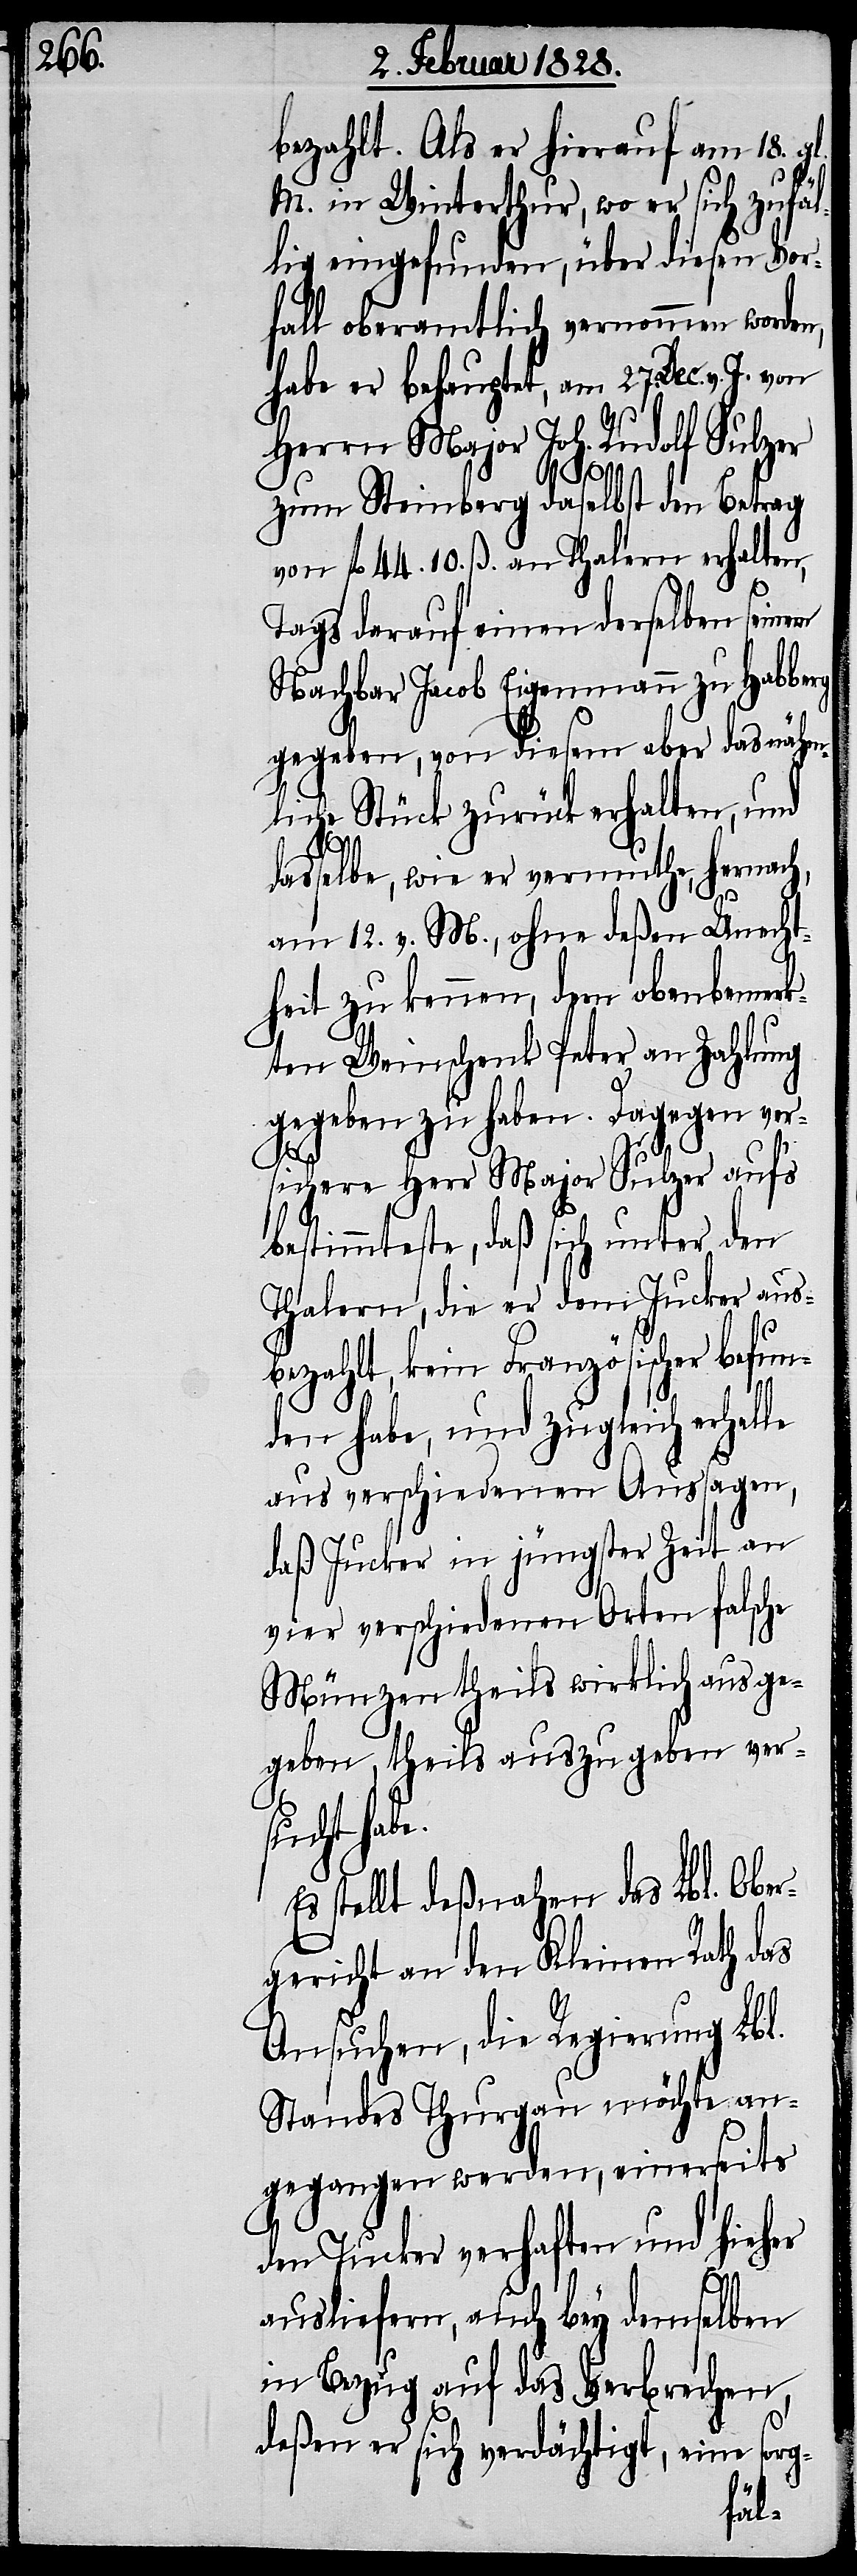
bezahlt. Als er hierauf am 18. gl.
M. in Winterthur, wo er sich zufäl¬
lig eingefunden, über diesen Vor¬
fall oberamtlich vernommen worden,
habe er behauptet, am 27. Dec. v.
Herrn Major Joh. Rudolf Sulzer
em
e.
zum Steinberg daselbst den Betrag
von fl 44. 10. ß. an Thalern erhalten,
Tags darauf einen derselben sein¬
Nachbar Jacob Eigenmann zu Habberg
gegeben, von diesem aber das nähm¬
liche Stück zurückerhalten, und
dasselbe, wie er vermuthe, hernach,
am 12. v. M., ohne deßen Unrecht¬
heit zu kennen, dem obenbemekr¬
ten Weinschenk Peter an Zahlung
gegeben zu haben. Dagegen ver¬
sichere Herr Major Sulzer aufs
bestimmteste, daß sich unter den
Thalern, die er dem Jucker aus¬
bezahlt, kein Französischer befun¬
den habe, und zugleich erhalte
aus verschiedenen Aussagen,
daß Jucker in jüngster Zeit an
vier verschiedenen Orten falsche
Münzen theils wirklich ausge¬
geben, theils auszugeben vers¬
ucht hab¬
Es stellt deßnahen das Lbl. Ober¬
gericht an den Kleinen Rath das
Ansuchen, die Regierung Lbl.
Standes Thurgau möchte an¬
gegangen werden, einerseits
den Jucker verhaften und hieher
ausliefern, auch bey demselben
in Bezug auf das Verbrechen,
deßen er sich verdächtigt, eine sorg-